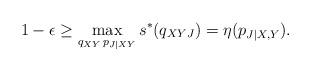
LaTeX: \begin{align*}1-\epsilon \geq \max_{q_{XY}\, p_{J|XY}}s^*(q_{XYJ})= \eta(p_{J|X,Y}).\end{align*}